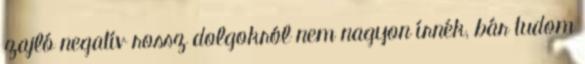
zajló negatív rossz dolgokról nem nagyon írnék, bár tudom